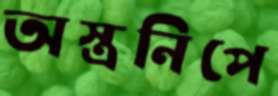
অস্ত্রনিপে